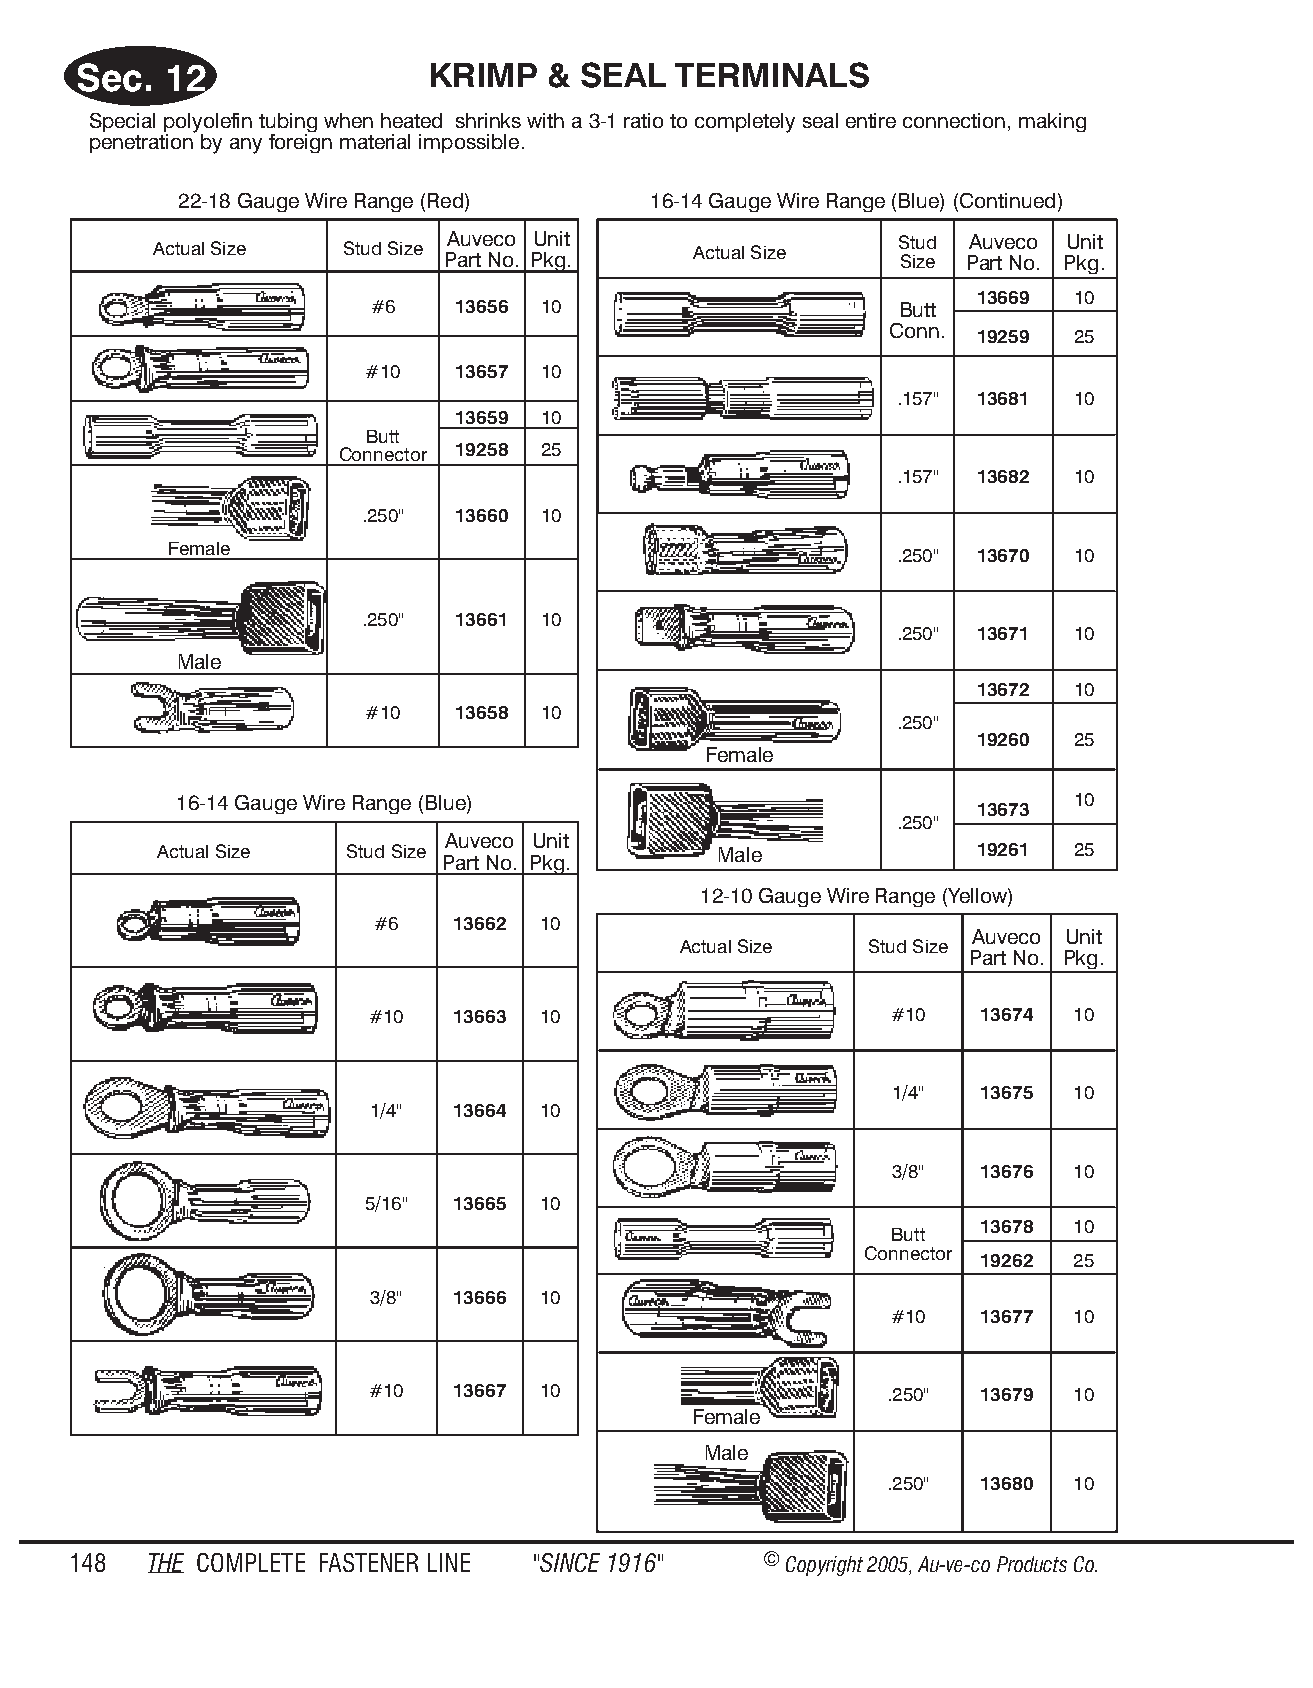
Sec.  12                KRIMP  &  SEAL  TERM  IN ALS
 Special polyolefin tubing when heated shrinks with a 3-1 ratio to completely seal entire connection, making
 penetration by any foreign material impossible.
 22-18 Gauge Wire Range (Red)   16-14 Gauge Wire Range (Blue) (Continued)
 Auveco Unit                   Stud Auveco Unit
 Actual Size  Stud Size              Actual Size
 Part No. Pkg.                 Size Part No. Pkg.
 13669 10
 #6   13656 10                      Butt
 Conn.
 19259 25
 #10   13657 10
 .157" 13681 10
 13659 10
 Butt
 Connector 19258 25
 .157" 13682 10
 .250" 13660 10
 Female
 .250" 13670 10
 .250" 13661 10
 .250" 13671 10
 Male
 13672 10
 #10   13658 10
 .250"
 19260 25
 Female
 16-14 Gauge Wire Range (Blue)                              10
 13673
 .250"
 Auveco Unit
 Actual Size Stud Size                Male             19261 25
 Part No. Pkg.
 12-10 Gauge Wire Range (Yellow)
 #6   13662 10
 Auveco Unit
 Actual Size  Stud Size
 Part No. Pkg.
 #10  13663 10                     #10   13674 10
 1/4"  13675 10
 1/4" 13664 10
 3/8"  13676 10
 5/16" 13665 10
 13678 10
 Butt
 Connector
 19262 25
 3/8" 13666 10
 #10   13677 10
 #10  13667 10                     .250" 13679 10
 Female
 Male
 .250" 13680 10
 148  THE COM PLETE FAST ENER LINE "SINCE 1916" © Copyr ight 2005, Au-ve-co Produ cts Co.